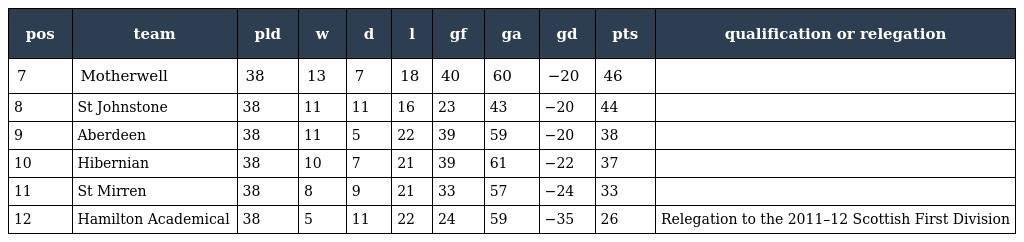
| pos | team | pld | w | d | l | gf | ga | gd | pts | qualification or relegation |
 | --- | --- | --- | --- | --- | --- | --- | --- | --- | --- | --- |
 | 7 | Motherwell | 38 | 13 | 7 | 18 | 40 | 60 | −20 | 46 |  |
 | 8 | St Johnstone | 38 | 11 | 11 | 16 | 23 | 43 | −20 | 44 |  |
 | 9 | Aberdeen | 38 | 11 | 5 | 22 | 39 | 59 | −20 | 38 |  |
 | 10 | Hibernian | 38 | 10 | 7 | 21 | 39 | 61 | −22 | 37 |  |
 | 11 | St Mirren | 38 | 8 | 9 | 21 | 33 | 57 | −24 | 33 |  |
 | 12 | Hamilton Academical | 38 | 5 | 11 | 22 | 24 | 59 | −35 | 26 | Relegation to the 2011–12 Scottish First Division |